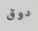
دوق